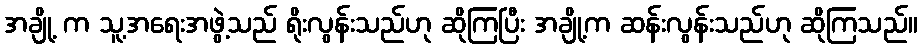
အချို့ က သူ့အရေးအဖွဲ့သည် ရိုးလွန်းသည်ဟု ဆိုကြပြီး အချို့က ဆန်းလွန်းသည်ဟု ဆိုကြသည်။